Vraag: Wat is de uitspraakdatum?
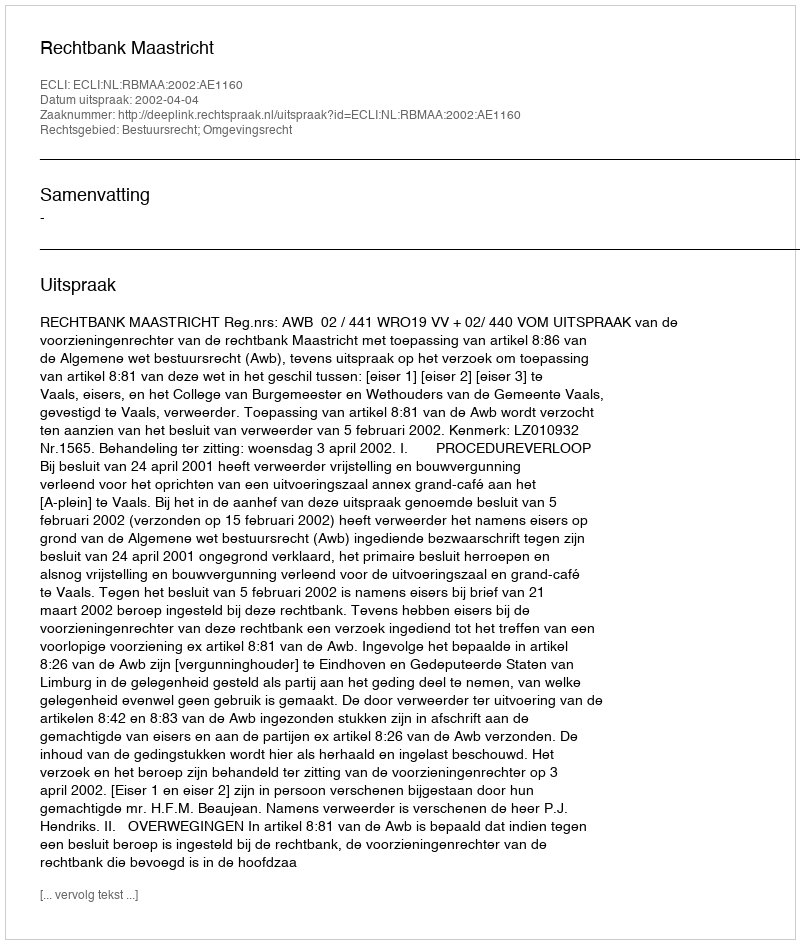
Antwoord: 2002-04-04